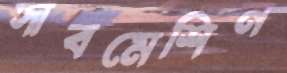
সাবমেশিন